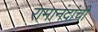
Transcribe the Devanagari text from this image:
रामानंदांची